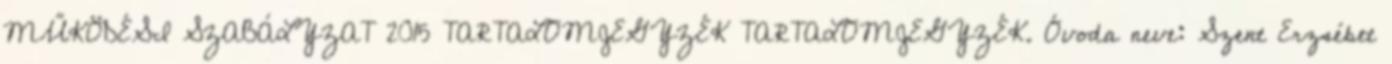
MŰKÖDÉSI SZABÁLYZAT 2015 TARTALOMJEGYZÉK TARTALOMJEGYZÉK. Óvoda neve: Szent Erzsébet